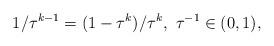
LaTeX: \begin{align*}1/\tau^{k-1}=(1-\tau^k)/\tau^k,~ \tau^{-1}\in(0,1) ,\end{align*}